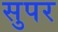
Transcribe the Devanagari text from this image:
सुपर